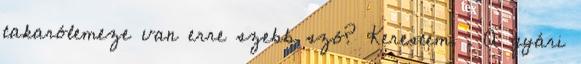
takarólemeze van erre szebb szó? Kerestem. . A gyári